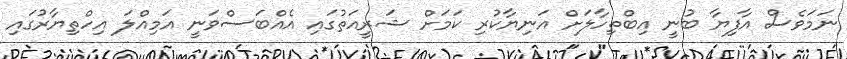
ނަމަވެސް އާފިޔާ ބުނީ އިބްތިހާލަށް އަނިޔާކުރި ކަމަށް ޝަރީއަތުގައި އެއްބަސްވަނީ އަމިއްލަ އިހްތިޔާރުގައި